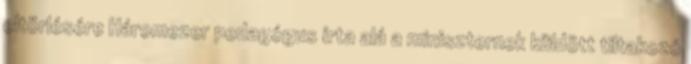
eltörlésére Háromezer pedagógus írta alá a miniszternek küldött tiltakozó